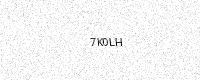
Text: 7K0LH